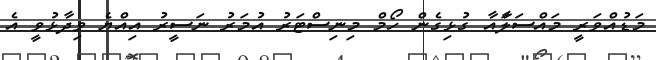
މަޑުއްވަރީ މައްސަލާައާ ގުޅިގެން ހޯމް މިނިސްޓަރު އުމަރު ނަސީރު އިއްޔެ ވިދާޅުވީ އެ